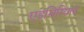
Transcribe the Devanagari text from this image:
एडमिरियल